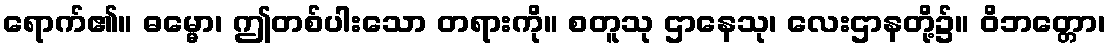
ရောက်၏။ ဓမ္မော၊ ဤတစ်ပါးသော တရားကို။ စတူသု ဌာနေသု၊ လေးဌာနတို့၌။ ဝိဘတ္တော၊